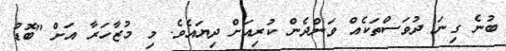
ބުނެ ގިނަ ދުވަސްތަކެއް ވަންދެން ކުރިއަށް ދިޔައެވެ. މި މުޒާހަރާ އަށް "ބޮޑު